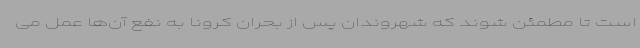
است تا مطمئن شوند که شهروندان پس از بحران کرونا به نفع آن‌ها عمل می